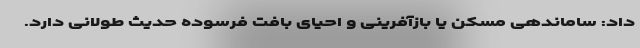
داد: ساماندهی مسکن یا بازآفرینی و احیای بافت فرسوده حدیث طولانی دارد.